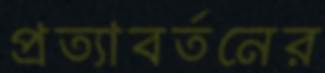
প্রত্যাবর্তনের